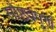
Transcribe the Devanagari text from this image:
सौष्ठवपूर्ण